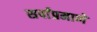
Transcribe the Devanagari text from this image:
सर्पांप्रमाणे